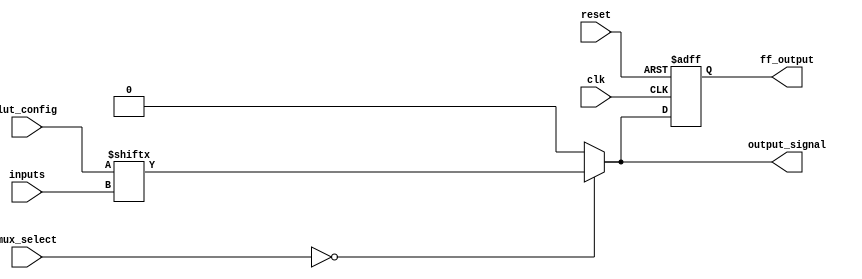
module CLB_PLD #(
    parameter NUM_INPUTS = 4,  // Number of inputs for the LUT
    parameter LUT_SIZE = 16     // Size of the LUT (2^NUM_INPUTS)
)(
    input  wire [NUM_INPUTS-1:0]  inputs,       // Input signals
    input  wire [LUT_SIZE-1:0]     lut_config,   // LUT configuration
    input  wire [1:0]               mux_select,   // MUX select signal
    input  wire                     clk,           // Clock signal for flip-flops
    input  wire                     reset,         // Reset signal
    output wire                     output_signal, // Output signal
    output reg                      ff_output      // Flip-flop output
);

    // LUT implementation
    wire [LUT_SIZE-1:0] lut_output;
    assign lut_output = lut_config[inputs]; // Select output based on inputs

    // MUX implementation
    wire mux_output;
    assign mux_output = (mux_select == 2'b00) ? lut_output[0] :
                        (mux_select == 2'b01) ? lut_output[1] :
                        (mux_select == 2'b10) ? lut_output[2] :
                        (mux_select == 2'b11) ? lut_output[3] : 1'b0;

    // Flip-Flop implementation
    always @(posedge clk or posedge reset) begin
        if (reset) begin
            ff_output <= 1'b0; // Reset flip-flop output
        end else begin
            ff_output <= mux_output; // Store MUX output in flip-flop
        end
    end

    // Final output signal
    assign output_signal = mux_output;

endmodule